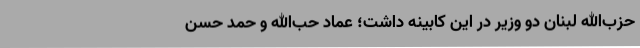
حزب‌الله لبنان دو وزیر در این کابینه داشت؛ عماد حب‌الله و حمد حسن